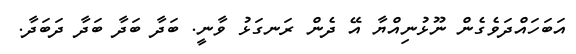
އަބަހައްދަވެގެން ނޫޅުނިއްޔާ އޭ ދެން ރަނގަޅު ވާނީ. ބަދާ ބަދާ ބަދާ ދަބަދާ.